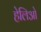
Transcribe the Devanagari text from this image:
हेलिओ